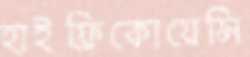
হাইফ্রিকোয়েন্সি